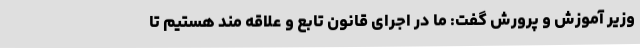
وزیر آموزش و پرورش گفت: ما در اجرای قانون تابع و علاقه مند هستیم تا